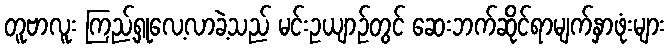
တူဗာလူး ကြည့်ရှုလေ့လာခဲ့သည် မင်းဥယျာဉ်တွင် ဆေးဘက်ဆိုင်ရာမျက်နှာဖုံးများ